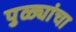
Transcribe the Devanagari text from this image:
पुळ्यांचा